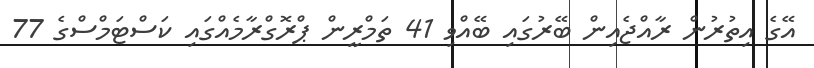
އޭގެ އިތުރުން ރާއްޖެއިން ބޭރުގައި ބޭއްވި 41 ތަމްރީން ޕްރޮގްރާމެއްގައި ކަސްޓަމްސްގެ 77